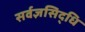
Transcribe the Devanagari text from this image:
सर्वज्ञसिद्धि